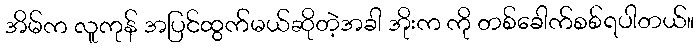
အိမ်က လူကုန် အပြင်ထွက်မယ်ဆိုတဲ့အခါ အိုးက ကို တစ်ခေါက်စစ်ရပါတယ်။